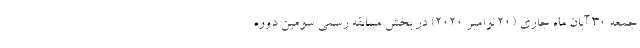
جمعه 30 آبان ماه جاری (۲۰ نوامبر 2020) در بخش مسابقه رسمی سومین دوره